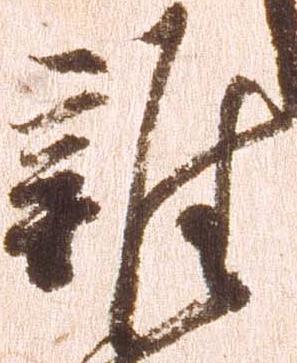
雑